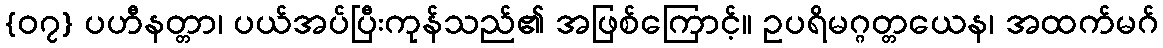
{၀၇} ပဟီနတ္တာ၊ ပယ်အပ်ပြီးကုန်သည်၏ အဖြစ်ကြောင့်။ ဥပရိမဂ္ဂတ္တယေန၊ အထက်မဂ်